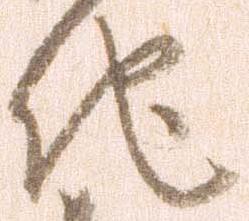
他